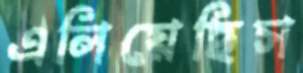
এলিয়েছিস